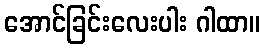
အောင်ခြင်းလေးပါး ဂါထာ။